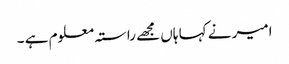
امیر نے کہا ہاں مجھے راستہ معلوم ہے ۔